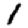
Digit: 1